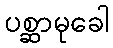
ပစ္ဆာမုခေါ